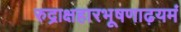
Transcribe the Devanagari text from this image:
रुद्राक्षहारभूषणाढ़यमं